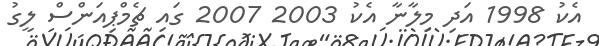
އެކު 1998 އަދި މިލާނާ އެކު 2003 2007 ގައި ޗެމްޕިއަންސް ލީގު